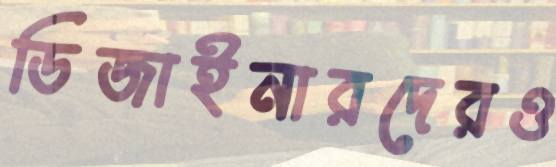
ডিজাইনারদেরও